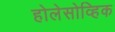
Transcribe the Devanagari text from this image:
होलेसोव्हिक